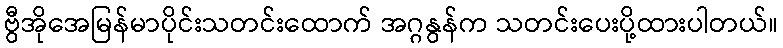
ဗွီအိုအေမြန်မာပိုင်းသတင်းထောက် အဂ္ဂနွန်က သတင်းပေးပို့ထားပါတယ်။